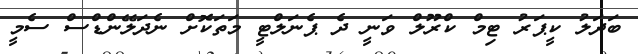
ބަދަލު ކީޕަރު ޓިމް ކްރޫލް ވަނީ ދެ ޕެނަލްޓީ މަތަކޮށް ނެދަލޭންޑްސް ސެމީ